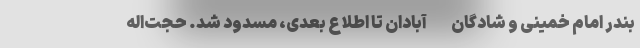
بندر امام‌‌ خمینی و شادگان -آبادان تا اطلاع بعدی، مسدود شد. حجت‌اله